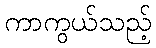
ကာကွယ်သည့်